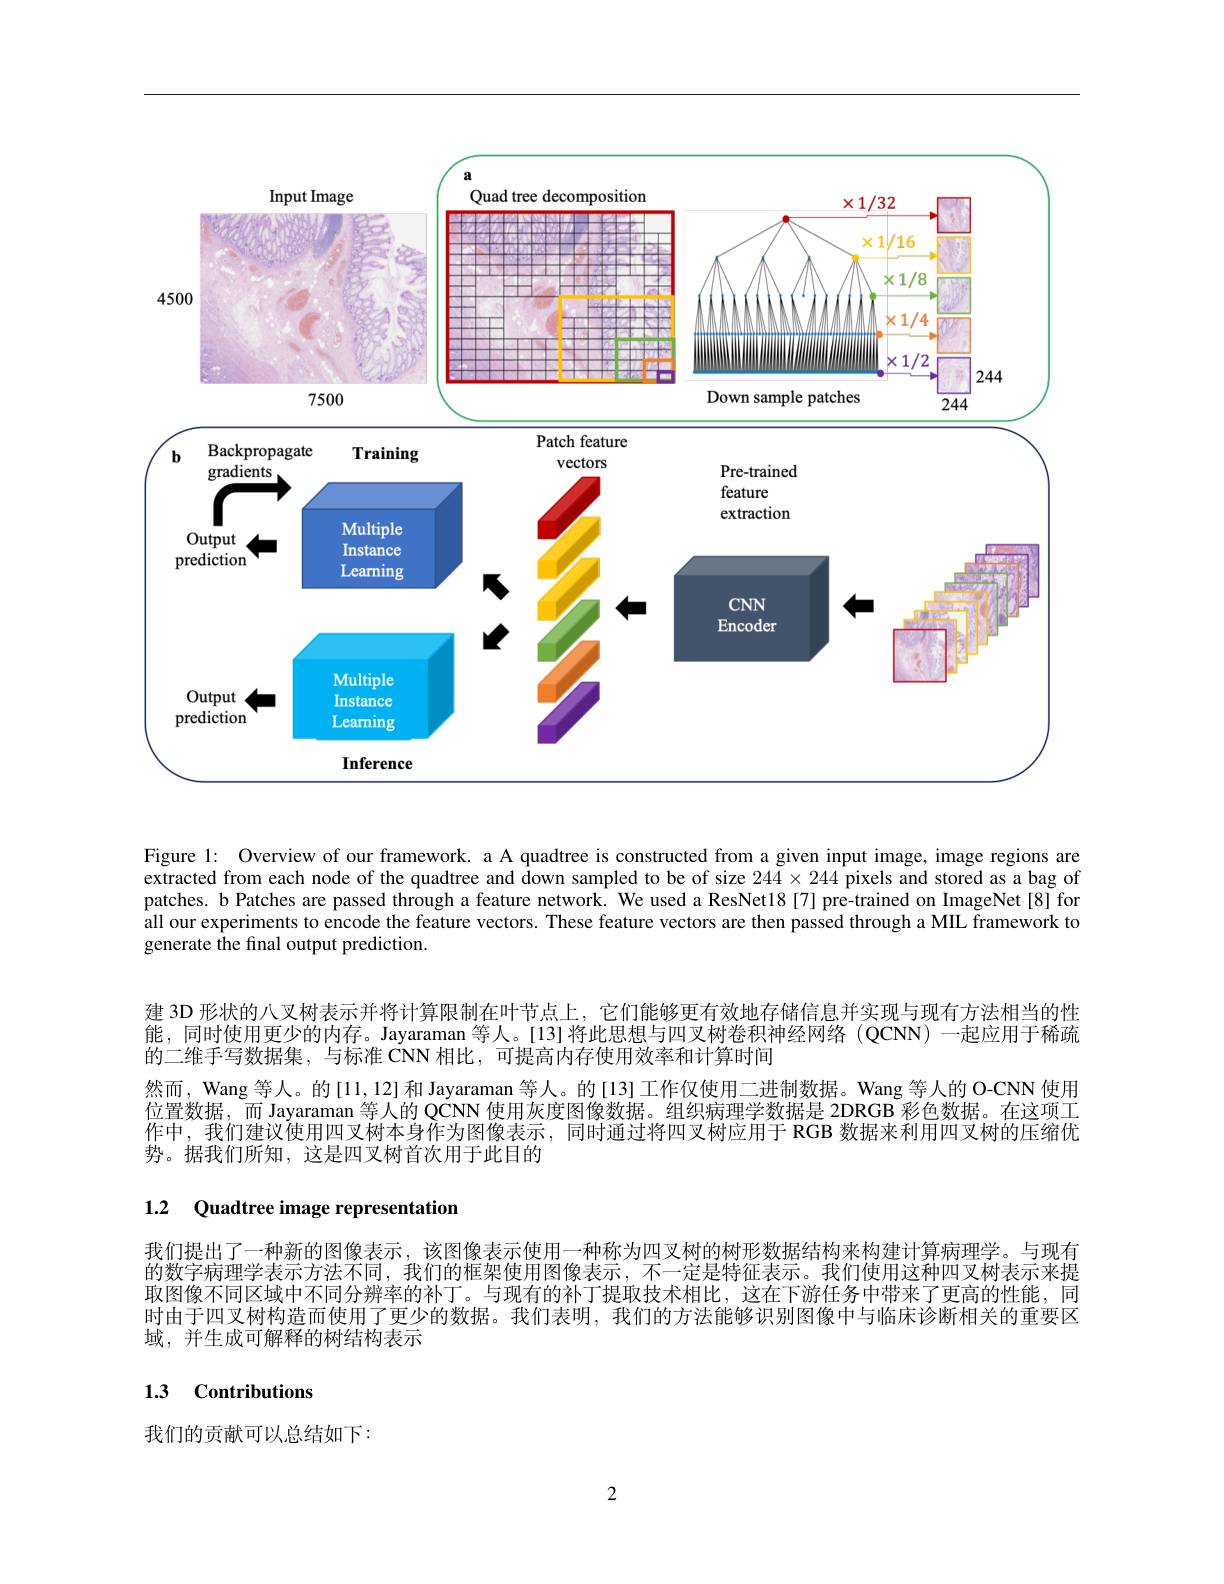
<FigureHere>

Figure 1: Overview of our framework. a A quadtree is constructed from a given input image, image regions are extracted from each node of the quadtree and down sampled to be of size $244\times244$ pixels and stored as a bag of patches. b Patches are passed through a feature network. We used a ResNet18 [7] pre-trained on ImageNet[8] for all our experiments to encode the feature vectors. These feature vectors are then passed through a MIL framework to generate the final output prediction.

建 3D 形状的八叉树表示并将计算限制在叶节点上，它们能够更有效地存储信息并实现与现有方法相当的性能，同时使用更少的内存。Jayaraman 等人。[13]将此思想与四叉树卷积神经网络(QCNN)一起应用于稀疏的二维手写数据集，与标准 CNN 相比，可提高内存使用效率和计算时间
然而，Wang 等人。的[11,12]和 Jayaraman 等人。的[13]工作仅使用二进制数据。Wang 等人的 O-CNN 使用位置数据，而 Jayaraman 等人的 Q$\dot{\mathbf{CNN}}$使用灰度图像数据。组织病理学数据是 2DRGB 彩色数据。在这项工作中，我们建议使用四叉树本身作为图像表示，同时通过将四叉树应用于 RGB 数据来利用四叉树的压缩优势。据我们所知，这是四叉树首次用于此目的

1.2 Quadtree image representation

我们提出了一种新的图像表示，该图像表示使用一种称为四叉树的树形数据结构来构建计算病理学。与现有的数字病理学表示方法不同，我们的框架使用图像表示，不一定是特征表示。我们使用这种四叉树表示来提取图像不同区域中不同分辨率的补丁。与现有的补丁提取技术相比，这在下游任务中带来了更高的性能，同时由于四叉树构造而使用了更少的数据。我们表明，我们的方法能够识别图像中与临床诊断相关的重要区域，并生成可解释的树结构表示

# 1.3 Contributions

我们的贡献可以总结如下：

2